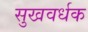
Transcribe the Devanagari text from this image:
सुखवर्धक